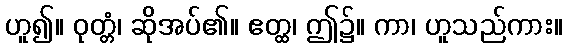
ဟူ၍။ ဝုတ္တံ၊ ဆိုအပ်၏။ ဧတ္ထ၊ ဤ၌။ ကာ၊ ဟူသည်ကား။